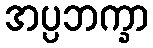
အပ္ပဘက္ခာ